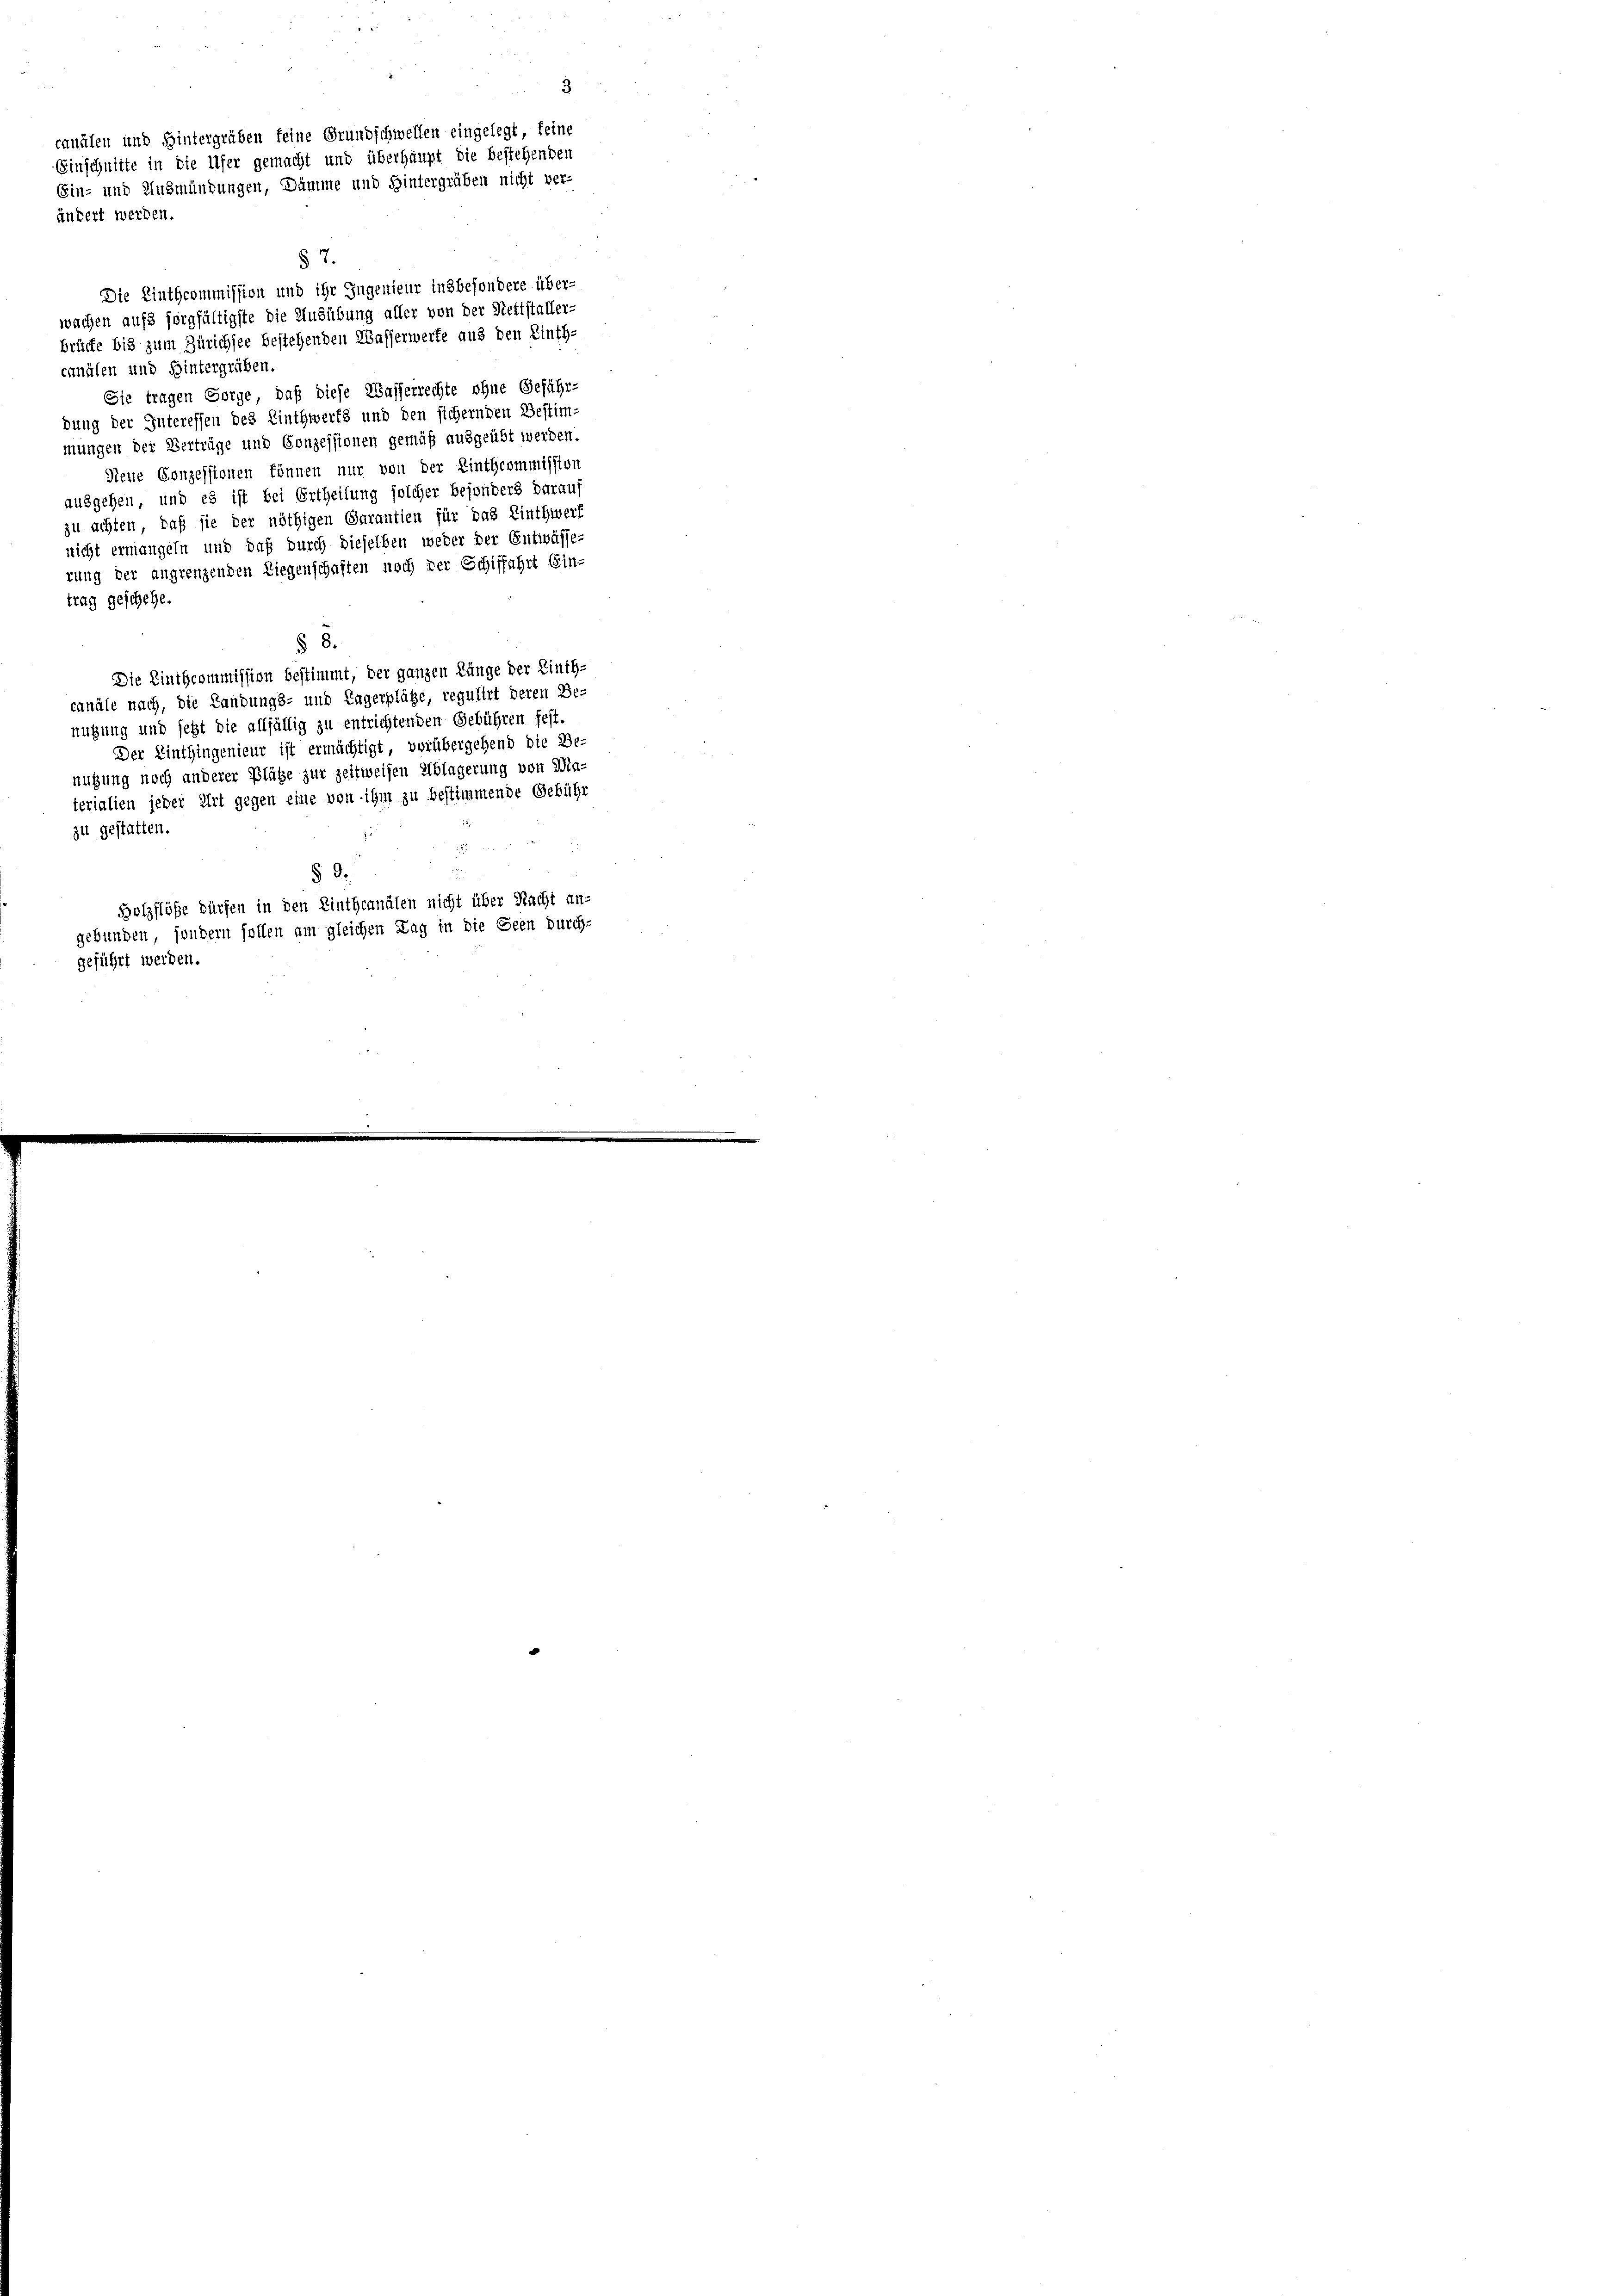
3
canälen und Hintergrüben keine Grundschwellen eingelegt, keine
Einschnitte in die Ufer gemacht und überhaupt die bestehenden
Ein- und Ausmündungen, Dämme und Hintergrüben nicht ver-
ändert werden.

canälen und Hintergrüben.
Sie tragen Sorge, daß diese Wasserrechte ohne Geführ-
dung der Interessen des Linthwerts und den sichernden Bestim-
mungen der Verträge und Conzessionen gemäß ausgeübt werden.
Neue Conzessionen können nur von der Einthcommission
ausgehen, und es ist bei Ertheilung solcher besonders darauf
zu achten, daß sie der nöthigen Garantien für das Linthwerf
nicht ermangeln und daß durch dieselben weder der Entwässerung der angrenzenden Liegenschaften noch der Schiffahrt Ein-
trag geschehe.
§ 8.
Die Einthcommission bestimmt, der ganzen Länge der Linth-
canäle nach, die Landungs- und Tagerplätze, regulirt deren Be-
nutzung und jetzt die allfällig zu entrichtenden Gebühren fest.
Der Einthingenieur ist ermächtigt, vorübergehend die Be-
nutzung noch anderer Plätze zur zeitweisen Ablagerung von Ma-
terialien jeder Art gegen eine von ihm zu bestimmende Gebühr
zu gestatten.
§ 9.
Holzflöße dürfen in den Linthcanälen nicht über Nacht an-
gebunden, sondern sollen am gleichen Tag in die Seen durch-
geführt werden.

§ 7.
Die Einthcommission und ihr Jugenieur insbesondere über-
wachen aufs sorgfältigste die Ausübung aller von der Nettstaller-
brücke bis zum Zürichsee bestehenden Wasserwerte aus den Linth.